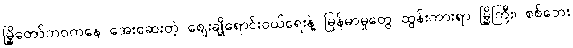
မြို့တော်ဘဝကနေ အေးဆေးတဲ့ ဈေးချိုရောင်းဝယ်ရေးနဲ့ မြန်မာမှုတွေ ထွန်းကားရာ မြို့ကြီး၊ စစ်ဘေး